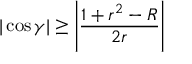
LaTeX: | \cos \gamma | \geq \left| { \frac { 1 + r ^ { 2 } - R } { 2 r } } \right|